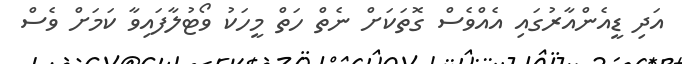
އަދި ޑީއެންއާރުގައި އެއްވެސް ގޮތަކަށް ނެތް ހަތް މީހަކު ވޯޓުލާފައިވާ ކަމަށް ވެސް